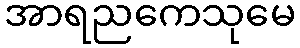
အာရညကေသုမေ